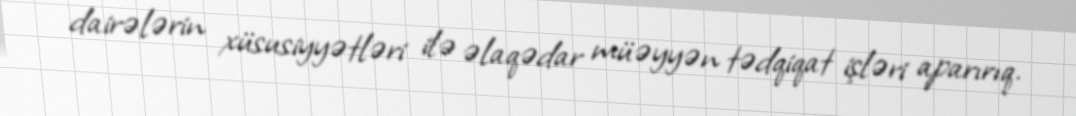
dairələrin xüsusiyyətləri ilə əlaqədar müəyyən tədqiqat işləri aparırıq.